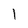
Character: l